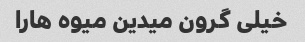
خیلی گرون میدین میوه هارا